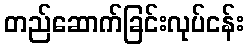
တည်ဆောက်ခြင်းလုပ်ငန်း